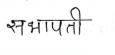
मजकूर: सभापती